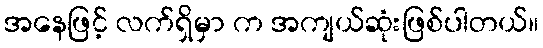
အနေဖြင့် လက်ရှိမှာ က အကျယ်ဆုံးဖြစ်ပါတယ်။